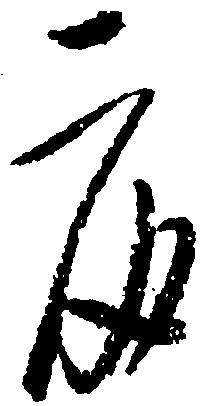
度